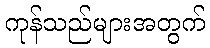
ကုန်သည်များအတွက်